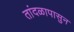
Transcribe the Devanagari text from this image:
तांदळापासुन